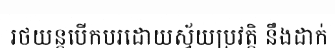
រថយន្តបើកបរដោយស្វ័យប្រវត្តិ នឹងដាក់